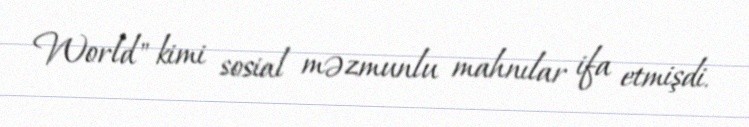
World" kimi sosial məzmunlu mahnılar ifa etmişdi.